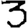
Digit: 3